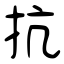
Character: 抗